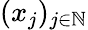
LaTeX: (x_{j})_{j\in\mathbb{N}}